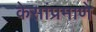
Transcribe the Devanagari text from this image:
केसांप्रमाणे